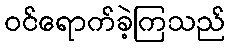
ဝင်ရောက်ခဲ့ကြသည်